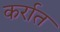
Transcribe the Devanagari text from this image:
कर्रात